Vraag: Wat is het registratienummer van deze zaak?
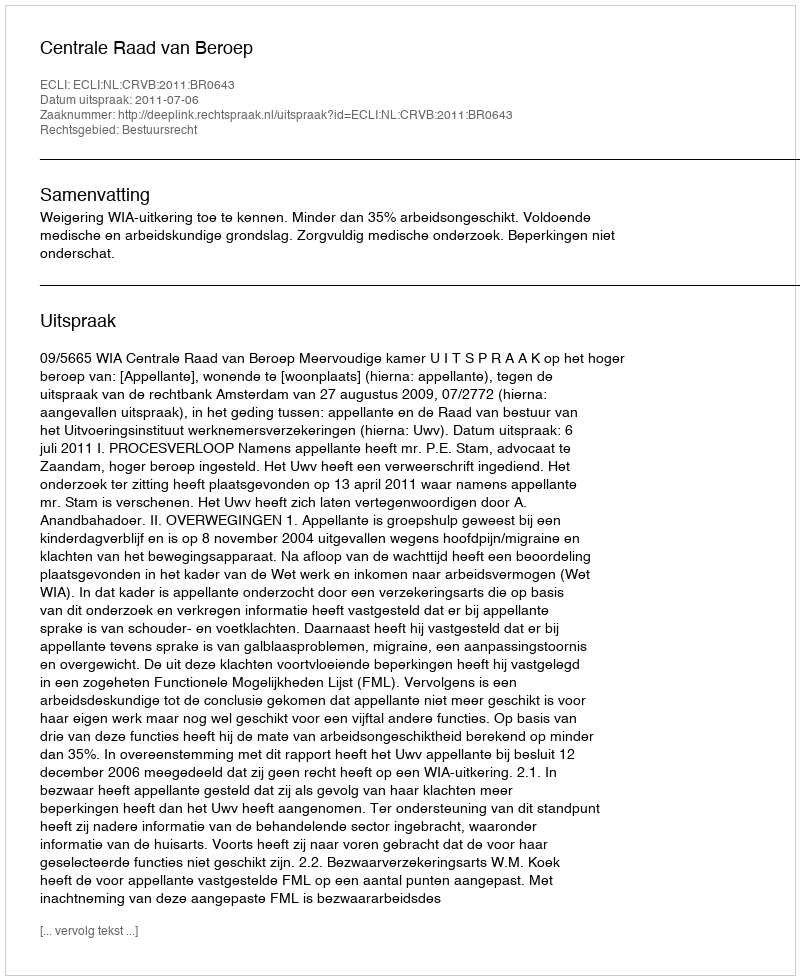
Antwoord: http://deeplink.rechtspraak.nl/uitspraak?id=ECLI:NL:CRVB:2011:BR0643